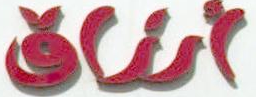
أنفاق